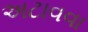
અટાવવા